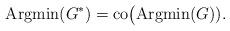
LaTeX: \begin{align*}{\rm Argmin}(G^*)={\rm co}\big({\rm Argmin}(G)).\end{align*}